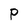
Character: P